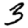
Digit: 3